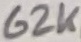
Text: 62K